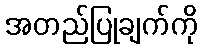
အတည်ပြုချက်ကို